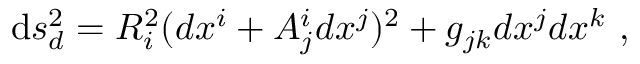
\mathrm { d } s _ { d } ^ { 2 } = R _ { i } ^ { 2 } ( d x ^ { i } + A _ { j } ^ { i } d x ^ { j } ) ^ { 2 } + g _ { j k } d x ^ { j } d x ^ { k } \ ,